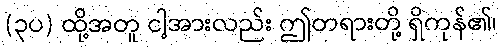
(၃ပ) ထို့အတူ ငါ့အားလည်း ဤတရားတို့ ရှိကုန်၏၊